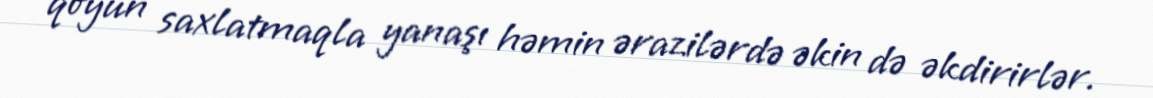
qoyun saxlatmaqla yanaşı həmin ərazilərdə əkin də əkdirirlər.